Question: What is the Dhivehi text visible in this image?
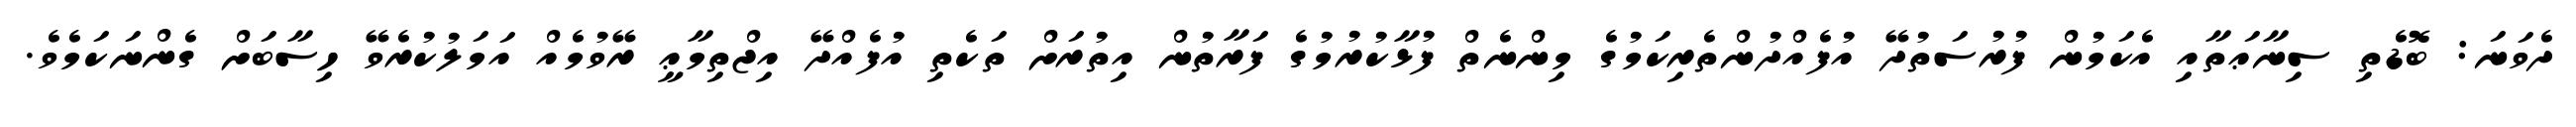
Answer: ދެވަނަ: ބޮޑެތި ސިނާޢަތާއި އެކަމުން ފުރުސަތުދޭ އުފެއްދުންތެރިކަމުގެ މިންނެތް ފުޅާކުރުމުގެ ފަރާތުން އިތުރަށް ތަކެތި އުފެއްދޭ އިޖްތިމާޢީ ރޭވުމެއް އަމަލުކުރެވޭ ހިސާބަށް ގެންނަކަމެވެ.